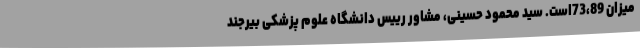
میزان 73،89است. سید محمود حسینی، مشاور رییس دانشگاه علوم پزشکی بیرجند